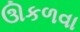
ઊકળવા